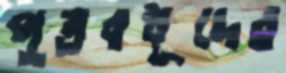
পুত্রবধূদের